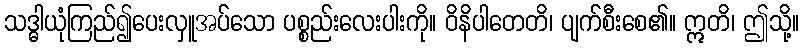
သဒ္ဓါယုံကြည်၍ပေးလှူအပ်သော ပစ္စည်းလေးပါးကို။ ဝိနိပါတေတိ၊ ပျက်စီးစေ၏။ ဣတိ၊ ဤသို့။